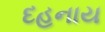
દહનાય